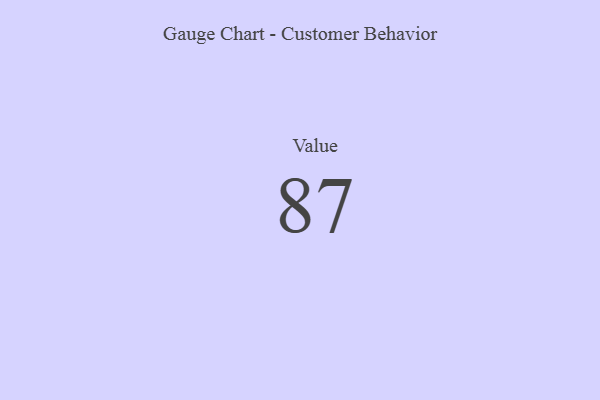
{"axis": {"x": "Metric", "y": "Value"}, "legend": [""], "data": [{"x": "Value", "y": 87, "type": ""}]}